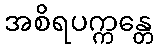
အစိရပက္ကန္တေ